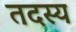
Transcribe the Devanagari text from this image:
तदस्य